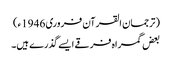
(ترجمان القرآن فروری 1946ء)
بعض گمراہ فرقے ایسے گذرے ہیں۔